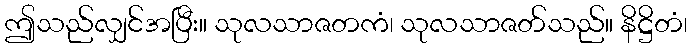
ဤသည်လျှင်အပြီး။ သုလသာဇတကံ၊ သုလသာဇတ်သည်။ နိဋ္ဌိတံ၊